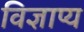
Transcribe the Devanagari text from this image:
विज्ञाप्य